Sanitation, dispensaries and jails vaccination Rajputana 1922-1927 - 1922-1927
Year: 1922
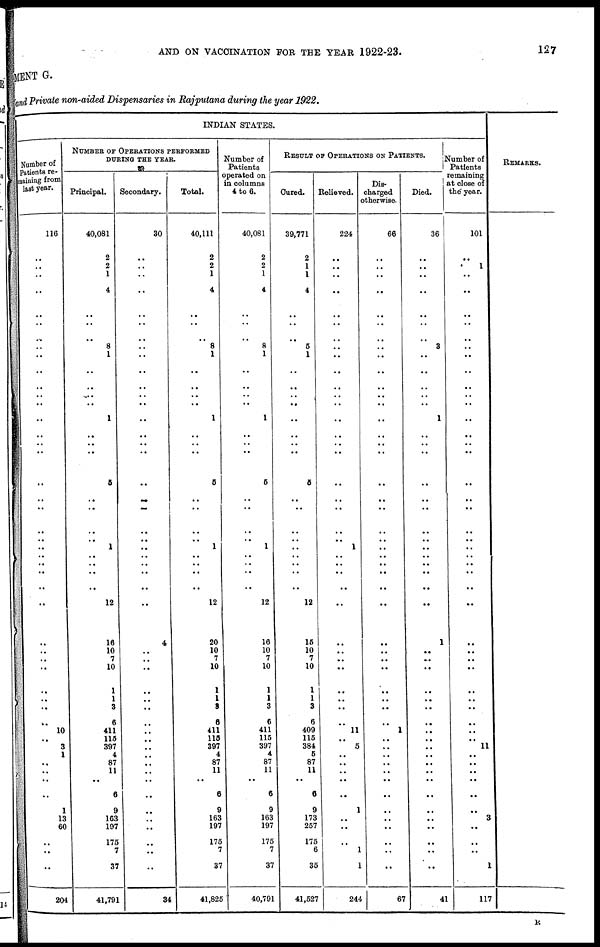
AND ON VACCINATION FOR THE YEAR 1922-23.
127
MENT G.
and Private non-aided Dispensaries in Rajputana during the year 1922.
INDIAN STATES.
Number of
Patients re-
maining from
last year.
116
..
..
..
..
..
..
..
..
..
..
..
..
..
..
..
..
..
..
..
..
,.
..
..
..
..
..
..
..
..
..
..
..
..
..
..
..
10
..
3
1
..
..
..
..
1
13
60
..
..
..
204
NUMBER OF OPERATIONS PERFORMED
DURING THE YEAR.
Principal.
40,081
2
2
1
4
..
..
..
8
1
..
..
..
..
1
..
..
..
5
..
..
..
1
..
..
..
..
12
..
16
10
7
10
1
1
3
6
411
113
397
4
87
11
..
6
9
163
197
175
7
37
41,791
Secondary.
30
..
..
..
..
..
..
..
..
..
..
..
..
..
..
..
..
..
..
..
..
..
..
..
..
..
..
..
..
4
..
..
..
..
..
..
..
..
..
..
..
..
..
..
..
..
..
..
..
..
..
34
Total.
40,111
2
2
1
4
..
..
..
8
1
..
..
..
..
1
..
..
..
5
..
..
..
1
..
..
..
..
12
..
20
10
7
10
1
1
3
6
411
115
397
4
87
11
..
6
9
163
197
175
7
37
41,825
Number of
Patients
operated on
in columns
4 to 6.
40,081
2
2
1
4
..
..
..
8
1
..
..
..
..
1
..
..
..
5
..
..
..
1
..
..
..
..
12
..
16
10
7
10
1
1
3
6
411
115
397
4
87
11
..
6
9
163
197
175
7
37
40,791
RESULT OF OPERATIONS ON PATIENTS.
Cured.
39,771
2
1
1
4
..
..
..
5
1
..
..
..
..
..
..
..
..
5
..
..
..
..
..
..
..
..
12
..
15
10
7
10
1
1
3
6
409
115
384
5
87
11
..
6
9
173
257
175
6
35
41,527
Relieved.
224
..
..
..
..
..
..
..
..
..
..
..
..
..
..
..
..
..
..
..
..
..
1
..
..
..
..
..
..
..
..
..
..
..
..
..
..
11
..
5
..
..
..
..
..
1
..
..
..
1
1
244
Dis-
charged
otherwise.
66
..
..
..
..
..
..
..
..
..
..
..
..
..
..
..
..
..
..
..
..
..
..
..
..
..
..
..
..
..
..
..
..
..
..
..
..
1
..
..
..
..
..
..
..
..
..
..
..
..
..
67
Died.
36
..
..
..
..
..
..
..
3
..
..
..
..
..
1
..
..
..
..
..
..
..
..
..
..
..
..
..
..
1
..
..
..
..
..
..
..
..
..
..
..
..
..
..
..
..
..
..
..
..
..
41
Number of
Patients
remaining
at close of
the year.
101
..
1
..
..
..
..
..
..
..
..
..
..
..
..
..
..
..
..
..
..
..
..
..
..
..
..
..
..
..
..
..
..
..
..
..
..
..
..
11
..
..
..
..
..
..
3
..
..
..
1
117
REMARKS.
R